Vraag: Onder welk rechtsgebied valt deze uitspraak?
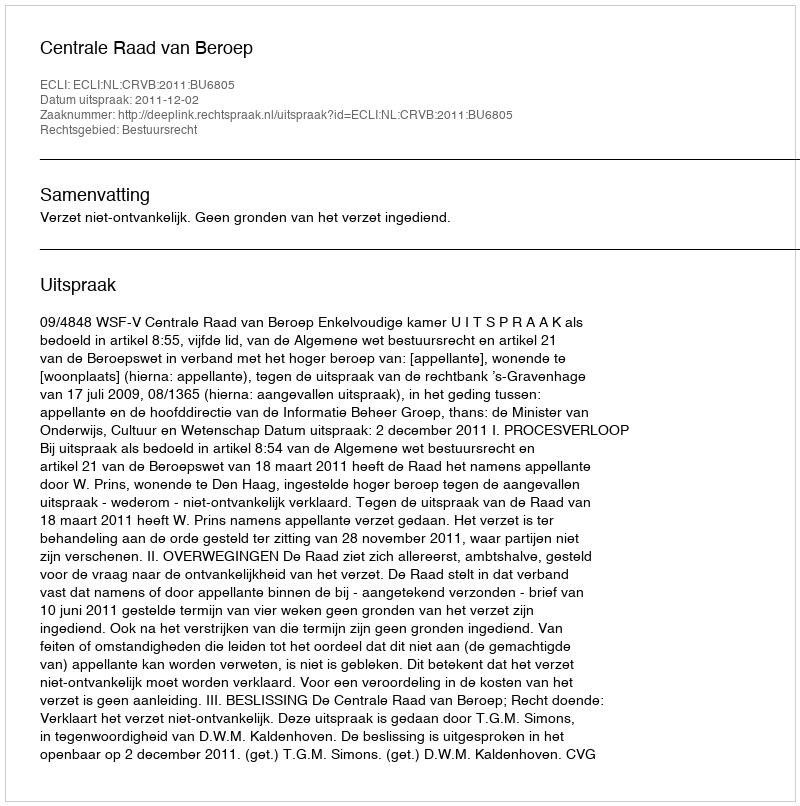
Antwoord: Bestuursrecht